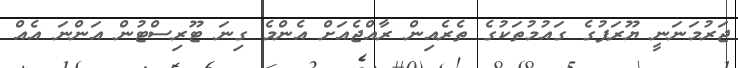
ޖަރުމަނަނީ ޔޫރަޕުގެ ގައުމުތަކުގެ ތެރެއިން ރާއްޖެއަށް އެންމެ ގިނަ ޓޫރިސްޓުން އަންނަ އެއް